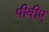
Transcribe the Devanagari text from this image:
पीवीए